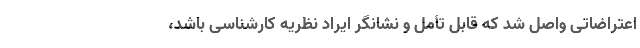
اعتراضاتی واصل شد که قابل تأمل و نشانگر ایراد نظریه کارشناسی باشد،